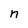
Character: n